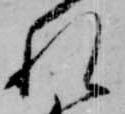
れ